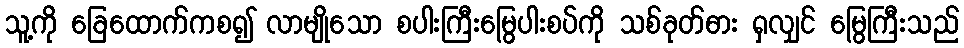
သူ့ကို ခြေထောက်ကစ၍ လာမျိုသော စပါးကြီးမြွေပါးစပ်ကို သစ်ခုတ်ဓား ရှလျှင် မြွေကြီးသည်